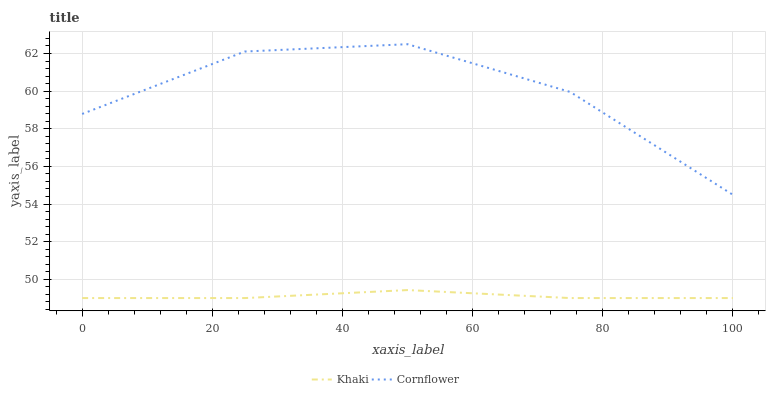
| xaxis_label | Khaki | Cornflower |
 | --- | --- | --- |
 | 0 | 49 | 58.8 |
 | 25 | 49 | 62.1 |
 | 50 | 49.4 | 62.5 |
 | 75 | 49 | 60 |
 | 100 | 49 | 54.5 |